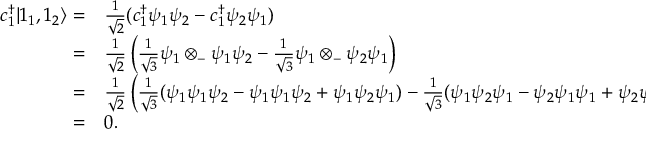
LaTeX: \begin{array} { r l } { c _ { 1 } ^ { \dagger } | 1 _ { 1 } , 1 _ { 2 } \rangle = } & { { \frac { 1 } { \sqrt { 2 } } } ( c _ { 1 } ^ { \dagger } \psi _ { 1 } \psi _ { 2 } - c _ { 1 } ^ { \dagger } \psi _ { 2 } \psi _ { 1 } ) } \\ { = } & { { \frac { 1 } { \sqrt { 2 } } } \left( { \frac { 1 } { \sqrt { 3 } } } \psi _ { 1 } \otimes _ { - } \psi _ { 1 } \psi _ { 2 } - { \frac { 1 } { \sqrt { 3 } } } \psi _ { 1 } \otimes _ { - } \psi _ { 2 } \psi _ { 1 } \right) } \\ { = } & { { \frac { 1 } { \sqrt { 2 } } } \left( { \frac { 1 } { \sqrt { 3 } } } ( \psi _ { 1 } \psi _ { 1 } \psi _ { 2 } - \psi _ { 1 } \psi _ { 1 } \psi _ { 2 } + \psi _ { 1 } \psi _ { 2 } \psi _ { 1 } ) - { \frac { 1 } { \sqrt { 3 } } } ( \psi _ { 1 } \psi _ { 2 } \psi _ { 1 } - \psi _ { 2 } \psi _ { 1 } \psi _ { 1 } + \psi _ { 2 } \psi _ { 1 } \psi _ { 1 } ) \right) } \\ { = } & { 0 . } \end{array}